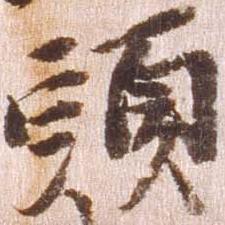
頭